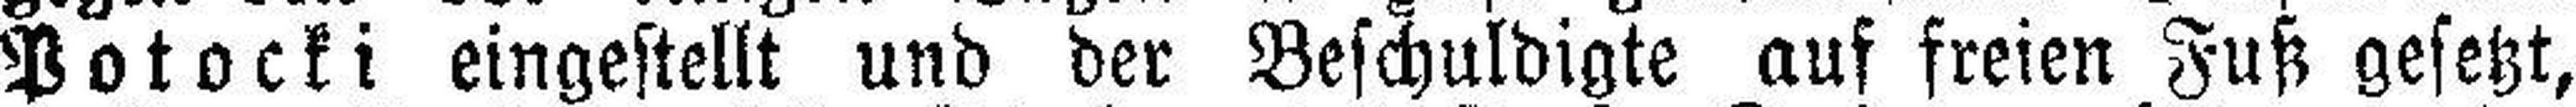
Potocki eingestellt und der Beschuldigte auf freien Fuß gesetzt,